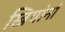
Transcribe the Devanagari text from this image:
स्त्रियांनां